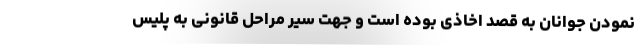
نمودن جوانان به قصد اخاذی بوده است و جهت سیر مراحل قانونی به پلیس